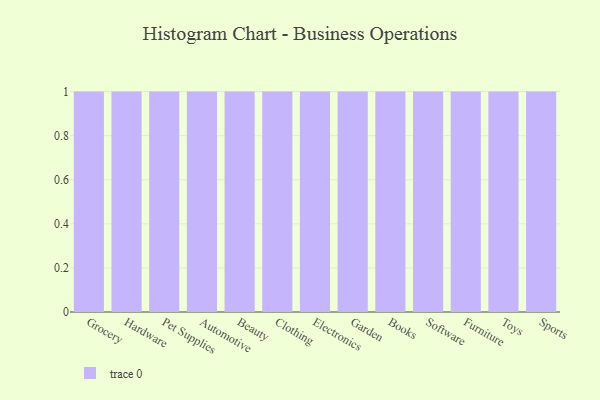
{"axis": {"x": "Category", "y": "Operating Costs (USD K)"}, "legend": [""], "data": [{"x": "Grocery", "y": 34, "type": ""}, {"x": "Hardware", "y": 62, "type": ""}, {"x": "Pet Supplies", "y": 49, "type": ""}, {"x": "Automotive", "y": 51, "type": ""}, {"x": "Beauty", "y": 15, "type": ""}, {"x": "Clothing", "y": 67, "type": ""}, {"x": "Electronics", "y": 77, "type": ""}, {"x": "Garden", "y": 50, "type": ""}, {"x": "Books", "y": 94, "type": ""}, {"x": "Software", "y": 19, "type": ""}, {"x": "Furniture", "y": 67, "type": ""}, {"x": "Toys", "y": 97, "type": ""}, {"x": "Sports", "y": 3, "type": ""}]}